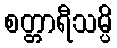
စတ္တာရီသမ္ပိ